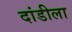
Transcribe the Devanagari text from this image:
दांडीला